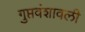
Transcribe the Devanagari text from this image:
गुप्तवंशावली